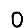
Digit: 0